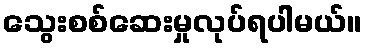
သွေးစစ်ဆေးမှုလုပ်ရပါမယ်။